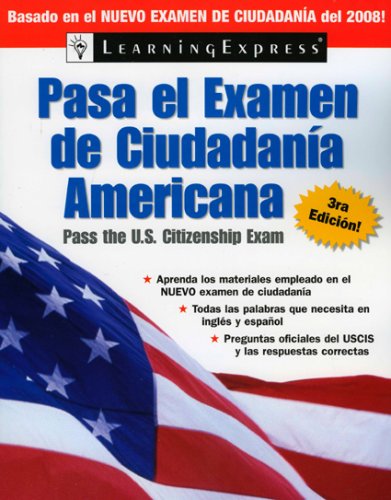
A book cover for Pasa el Examen de Ciudadania Americana  2008 (Pasa El Examen de Ciudadania Americana (Pass the U.S. Citizenship Ex) (Spanish Edition); LearningExpress Editors; Test Preparation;